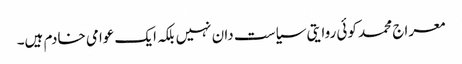
معراج محمد کوئی روایتی سیاست دان نہیں بلکہ ایک عوامی خادم ہیں۔